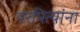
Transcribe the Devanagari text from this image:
वरपित्यांना